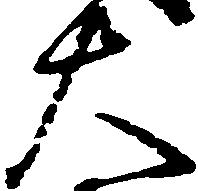
大